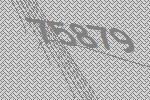
75879